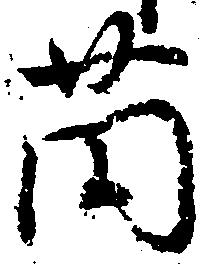
薗